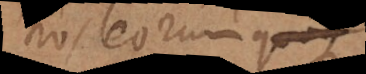
nos eorum quoq